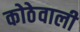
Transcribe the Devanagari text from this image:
कोठेवाली